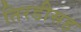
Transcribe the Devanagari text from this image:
तिरडीसह